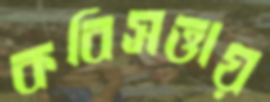
কবিসত্তায়